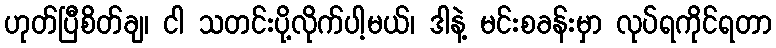
ဟုတ်ပြီစိတ်ချ၊ ငါ သတင်းပို့လိုက်ပါ့မယ်၊ ဒါနဲ့ မင်းစခန်းမှာ လုပ်ရကိုင်ရတာ